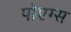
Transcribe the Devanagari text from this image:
पोएग्स